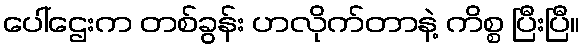
ပေါ်ဌေးက တစ်ခွန်း ဟလိုက်တာနဲ့ ကိစ္စ ပြီးပြီ။